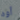
أوه